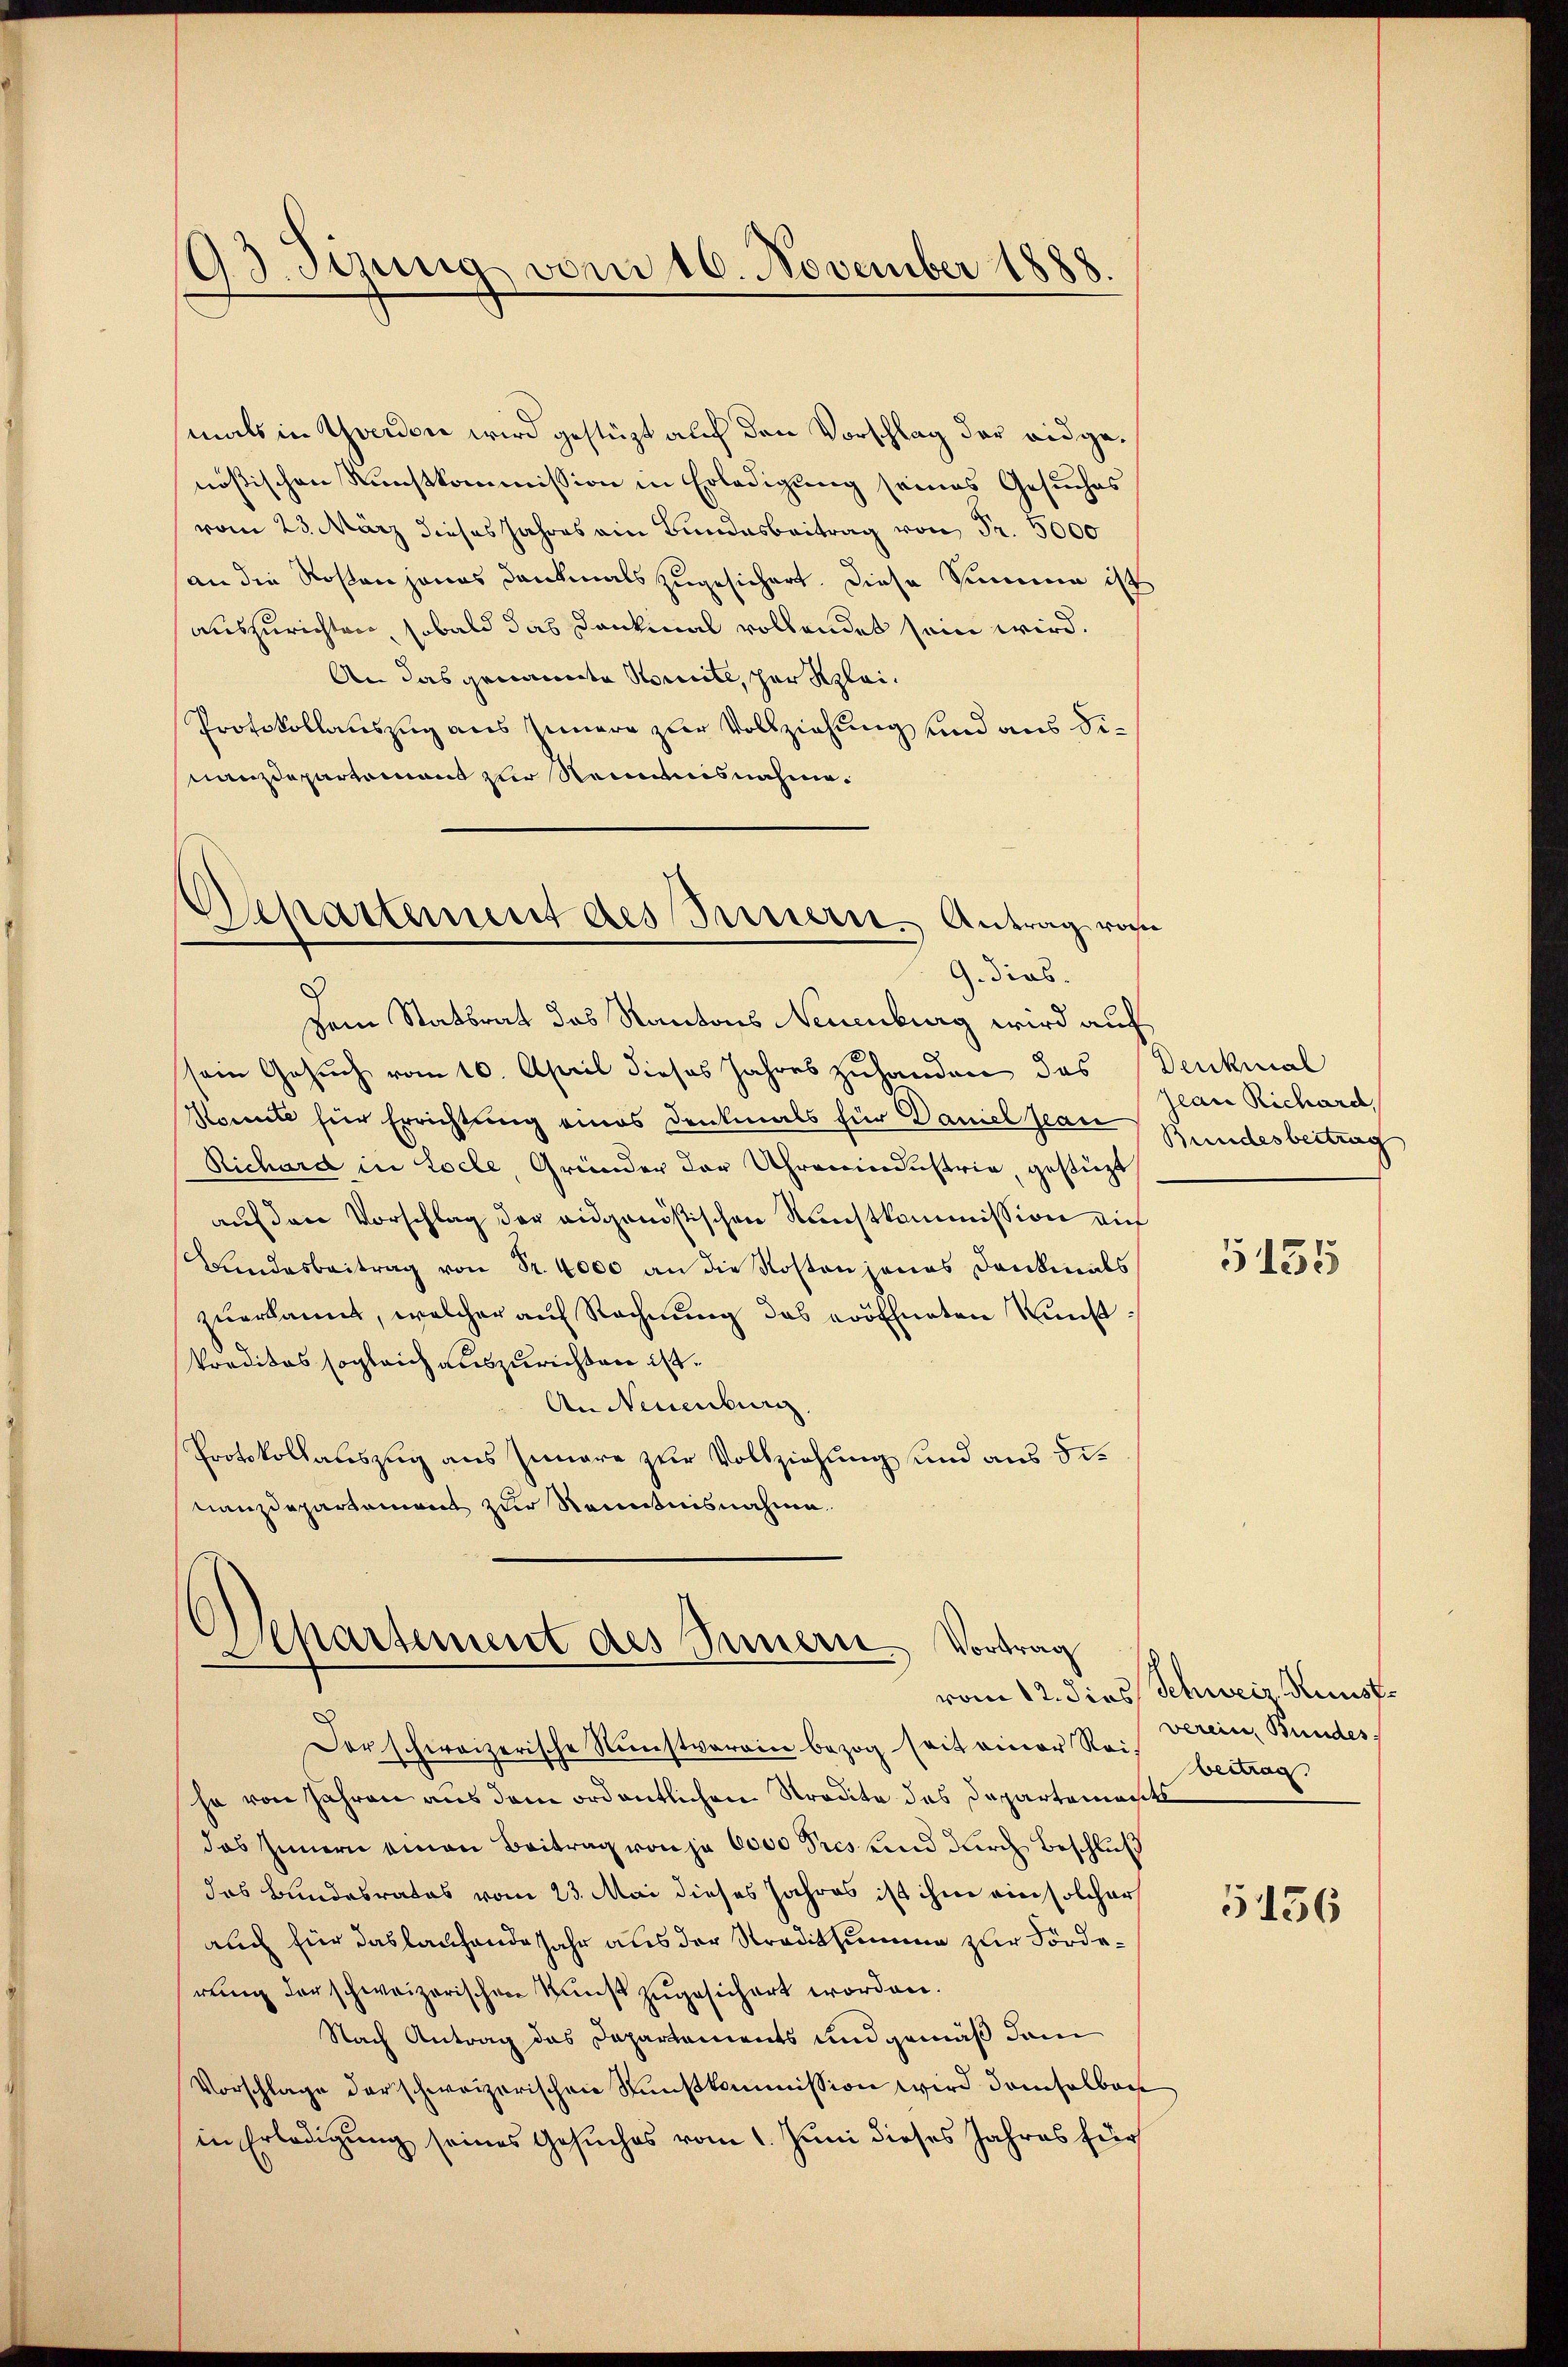
93. Jung vom 16. November 1888.

Departement des Innern. Antrag noch
G. dies.

mals in Yverdon wird gestüzt auf den Vorschlag der eidgenößischen Kunstkommission in Erledigung seines Gesuches
vom 23. März dieses Jahres ein Bundesbeitrag von Fr. 5000
an die Rosen jenes Dankmals zugesichert. Diese Summe ist
auszurichten, sobald das Dankinal vollendet sein wird.
An das genannte Komite, her Klei¬
Protokollauszug aus Innern zur Vollziehung und aus dinanzdepartement zur Reimnisnahme.
8
Dem Statsrat das Kantons Neuenburg wird auf
sein Gesuch vom 10. April dieses Jahres zuhanden das
Konnte für Errichtung eines Denkmals für Daniel stan
Richard in Loche Gründer der Uhrenindustria, gestüzt
auf den Vorschlag der eidgenößischen Kunstkommission auf
Bundesbeitrag von Sr. 4000 an die Kosten jenes Dankmals
zuerkannt, welcher auf Rechnung das eröffneten Kunst¬
Preditas sogleich auszurichten ist.
An Neuenburg.
Protokollauszug aus Iunare zur Vollziehung und aus dinanzdepartement zur Kenntnisnahme

Repartement des Innern. Vortrag

Der schweizerische Runstverain bezog seit einer Reis beitrag
ha von Jahren aus dem ordentlichen Stradite das Departements
das Innern einen Beitrag von ja 6000 Pres und durch Beschluß
das Bundesrates vom 23. Mai dieses Jahres ist ihm ein solcher
auch für das laufende Jahr aus der Straditsumme zur Fördereng der schweizerischen Kunst zugesichert worden.
Nach Antrag das Departements und gemäß dem
Vorschlage der schweizerischen Kunstkommission wird demselben
in Erledigung seines Gesuches vom 1. Juni dieses Jahres für

Denkmal
Jean Richard,
Bundesbeitrag

5155

vom 12. dies Schweiz. Kunst.
verein, Bundes

5156